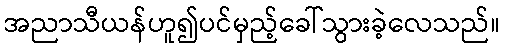
အညာသီယန်ဟူ၍ပင်မှည့်ခေါ်သွားခဲ့လေသည်။